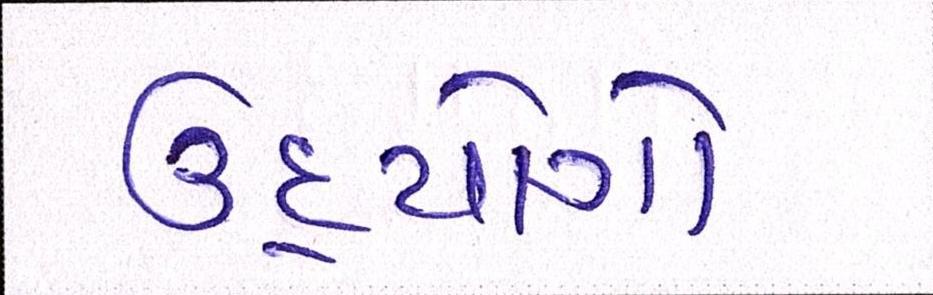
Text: ઉદ્યોગો